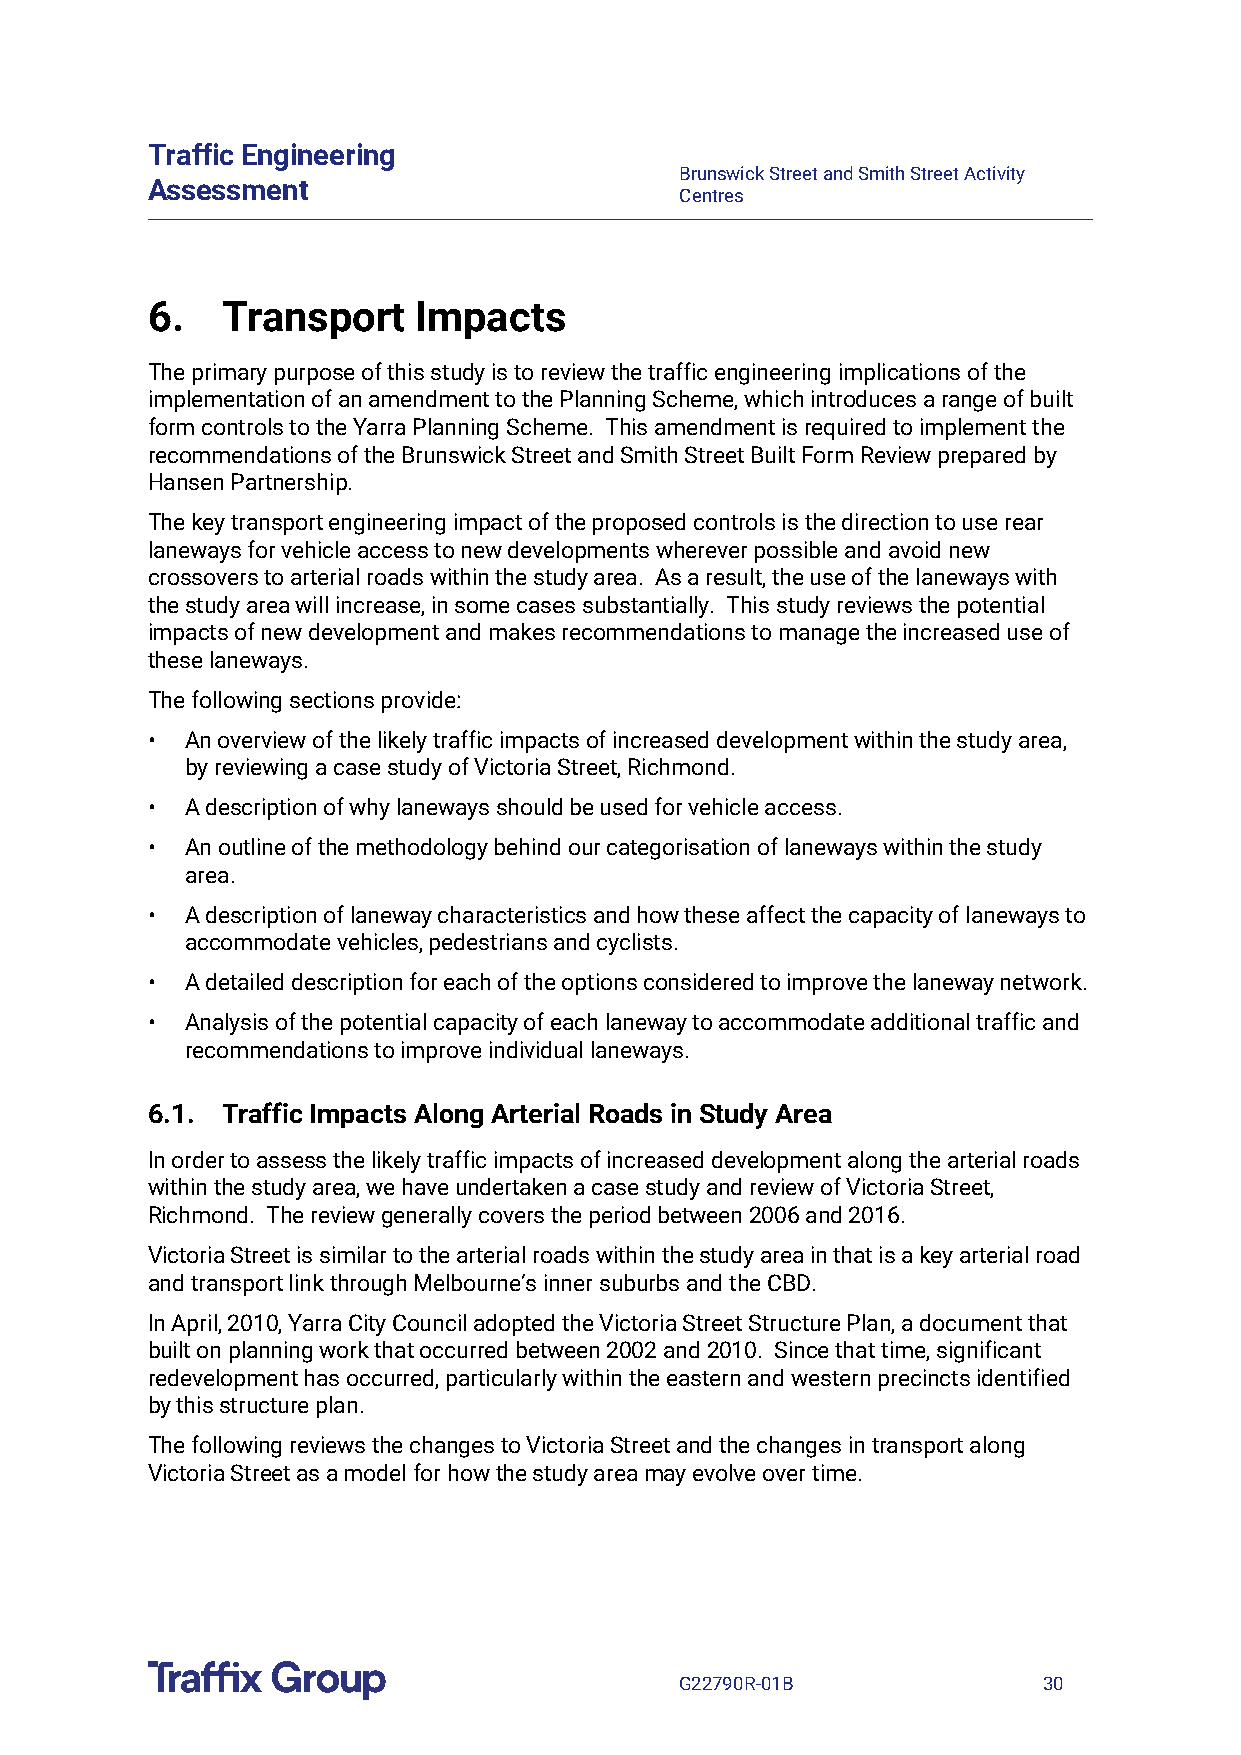
Traffic Engineering
 Brunswick Street and Smith Street Activity
 Assessment
 Centres
 6.   Transport    Impacts
 The primary purpose of this study is to review the traffic engineering implications of the
 implementation of an amendment to the Planning Scheme, which introduces a range of built
 form controls to the Yarra Planning Scheme. This amendment is required to implement the
 recommendations of the Brunswick Street and Smith Street Built Form Review prepared by
 Hansen Partnership.
 The key transport engineering impact of the proposed controls is the direction to use rear
 laneways for vehicle access to new developments wherever possible and avoid new
 crossovers to arterial roads within the study area. As a result, the use of the laneways with
 the study area will increase, in some cases substantially. This study reviews the potential
 impacts of new development and makes recommendations to manage the increased use of
 these laneways.
 The following sections provide:
 • An overview of the likely traffic impacts of increased development within the study area,
 by reviewing a case study of Victoria Street, Richmond.
 • A description of why laneways should be used for vehicle access.
 • An outline of the methodology behind our categorisation of laneways within the study
 area.
 • A description of laneway characteristics and how these affect the capacity of laneways to
 accommodate vehicles, pedestrians and cyclists.
 • A detailed description for each of the options considered to improve the laneway network.
 • Analysis of the potential capacity of each laneway to accommodate additional traffic and
 recommendations to improve individual laneways.
 6.1. Traffic Impacts Along Arterial Roads in Study Area
 In order to assess the likely traffic impacts of increased development along the arterial roads
 within the study area, we have undertaken a case study and review of Victoria Street,
 Richmond. The review generally covers the period between 2006 and 2016.
 Victoria Street is similar to the arterial roads within the study area in that is a key arterial road
 and transport link through Melbourne’s inner suburbs and the CBD.
 In April, 2010, Yarra City Council adopted the Victoria Street Structure Plan, a document that
 built on planning work that occurred between 2002 and 2010. Since that time, significant
 redevelopment has occurred, particularly within the eastern and western precincts identified
 by this structure plan.
 The following reviews the changes to Victoria Street and the changes in transport along
 Victoria Street as a model for how the study area may evolve over time.
 G22790R-01B             30